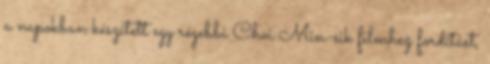
a napokban készített egy régebbi Choi Min-sik filmhez fordítást,